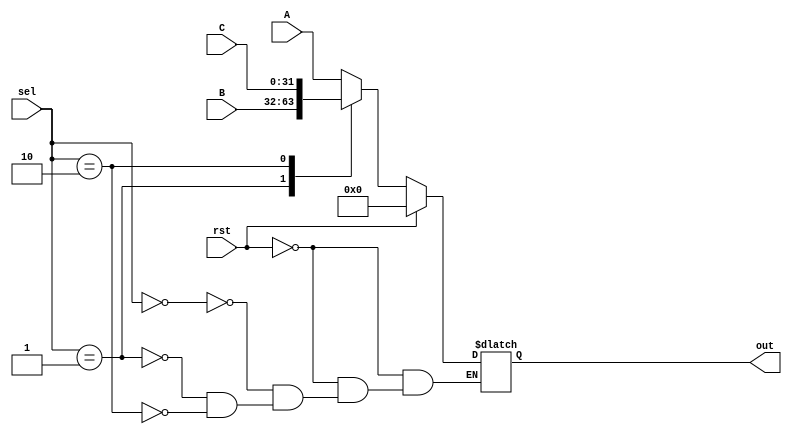
`timescale 1ns / 1ps
//////////////////////////////////////////////////////////////////////////////////
// Company: 
// Engineer: 
// 
// Design Name: 
// Module Name: jump_mux
// Project Name: 
// Target Devices: 
// Tool Versions: 
// Description: 
// 
// Dependencies: 
// 
// Revision:
// Revision 0.01 - File Created
// Additional Comments:
// 
//////////////////////////////////////////////////////////////////////////////////


module jump_mux(input rst, input [31:0]A, B, C, input[1:0] sel, output reg [31:0] out);
always@(*)
if(rst)
out = 32'b0;
else begin
    case(sel)
    2'b00:out = A;
    2'b01:out = B;
    2'b10:out = C;
    endcase
end
endmodule